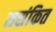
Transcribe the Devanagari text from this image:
ससंकित